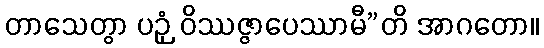
တာသေတွာ ပဉှံ ဝိဿဇ္ဇာပေဿာမီ”တိ အာဂတော။